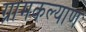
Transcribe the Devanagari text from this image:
ग्रामकल्याण